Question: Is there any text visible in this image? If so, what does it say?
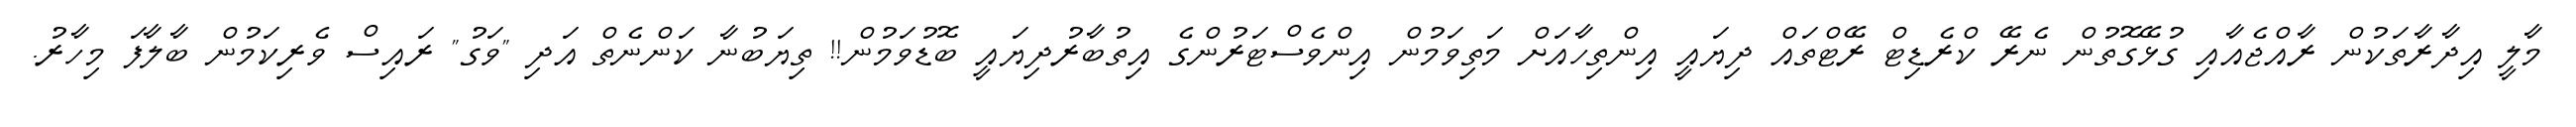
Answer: މާލީ އިދާރާތަކުން ރާއްޖެއާއި ގުޅޭގޮތުން ނެރޭ ކްރެޑިޓް ރޭޓްތައް ދިޔައީ އިންތިހާއަށް މަތިވަމުން އިންވެސްޓަރުންގެ އިތުބާރުދިޔައީ ބޮޑުވަމުން!! ތިޔަބުނާ ކަންނެތް އަދި "ވަގު" ރައިސް ވެރިކަމުން ބާލާފަ މިހާރު.